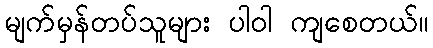
မျက်မှန်တပ်သူများ ပါဝါ ကျစေတယ်။